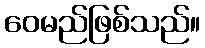
ဝေမည်ဖြစ်သည်။